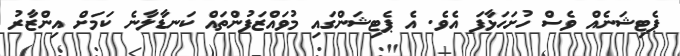
ޕެޓިޝަނެއް ވެސް ހުށަހަޅާފަ އެވެ. އެ ޕެޓިޝަންގައި މުވައްޒަފުންތައް ކަނޑާލާނެ ކަމަށް އިންޒާރު